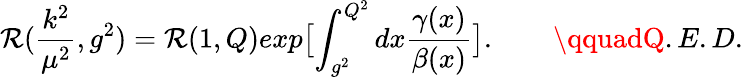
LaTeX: \mathcal{R}(\frac{{k^{2}}}{{\mu^{2}}},g^{2})=\mathcal{R}(1,Q)exp\bigl[\int_{g^{2}}^{Q^{2}}dx\frac{{\gamma(x)}}{{\beta(x)}}\bigr].\qquad\qquadQ.E.D.